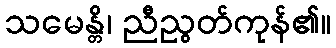
သမေန္တိ၊ ညီညွတ်ကုန်၏။